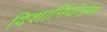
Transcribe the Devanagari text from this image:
दिशानियंत्रण